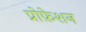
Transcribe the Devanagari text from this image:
प्रोफ़ेशन